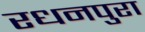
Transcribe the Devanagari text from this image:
रधनपुरा